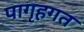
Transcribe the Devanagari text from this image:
पागृहगत